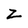
Character: Z